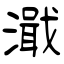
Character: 濈